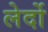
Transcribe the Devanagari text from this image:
लेर्दो